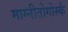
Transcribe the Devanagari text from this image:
माग्नीतोगोर्स्क